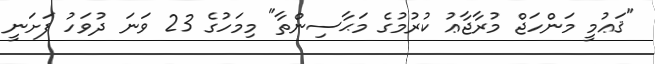
"ޤަޢުމީ މަންހަޖް މުރާޖާޢު ކުރުމުގެ މަޙާސިންތާ" މިމަހުގެ 23 ވަނަ ދުވަހު ފަށަނީ